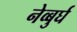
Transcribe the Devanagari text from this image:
नेव्बुर्घ